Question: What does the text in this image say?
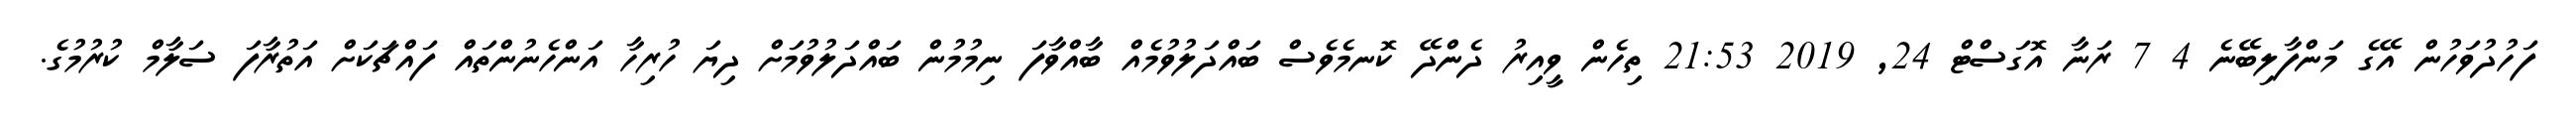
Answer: ފަހުދުވަހުން އޭގެ މަންފާލިބޭނެ 4 7 ރަނާ އޮގަސްޓް 24, 2019 21:53 ތިހެން ވީއިރު ދެންދޭ ކޮނމެވެސް ބައްދަލުވުމެއް ބާއްވާފަ ނިމުމުން ބައްދަލުވުމަށް ދިޔަ ހުރިހާ އަންހެނުންތައް ފައްޗަކަށް އަތުރާފަ ސަލާމް ކުރުމުގެ.